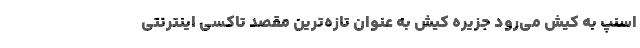
اسنپ به کیش می‌رود جزیره کیش به عنوان تازه‌ترین مقصد تاکسی اینترنتی